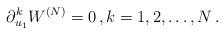
LaTeX: \begin{align*} \partial_{u_1}^k W^{(N)}=0\, , k=1,2,\dots, N\, .\end{align*}